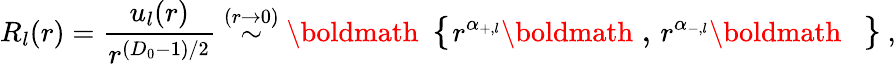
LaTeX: R_{l}(r)=\frac{u_{l}(r)}{r^{(D_{0}-1)/2}}\stackrel{(r\rightarrow 0)}{\sim}\mathrm{\boldmath\large~\left\{ ~\right.~}\! \! \! r^{\alpha_{+,l}}\mathrm{\boldmath\large~,~}\! r^{\alpha_{-,l}}\mathrm{\boldmath\large~\left.~\right\} ~}\! \! \; ,